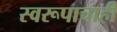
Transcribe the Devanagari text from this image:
स्वरूपाचाही